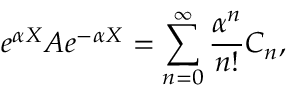
e ^ { \alpha X } A e ^ { - \alpha X } = \sum _ { n = 0 } ^ { \infty } \frac { \alpha ^ { n } } { n ! } C _ { n } ,